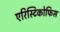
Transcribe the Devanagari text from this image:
एरिस्टिकोफिस